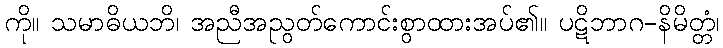
ကို။ သမာဓိယဘိ၊ အညီအညွတ်ကောင်းစွာထားအပ်၏။ ပဋိဘာဂ-နိမိတ္တံ၊